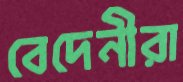
বেদেনীরা